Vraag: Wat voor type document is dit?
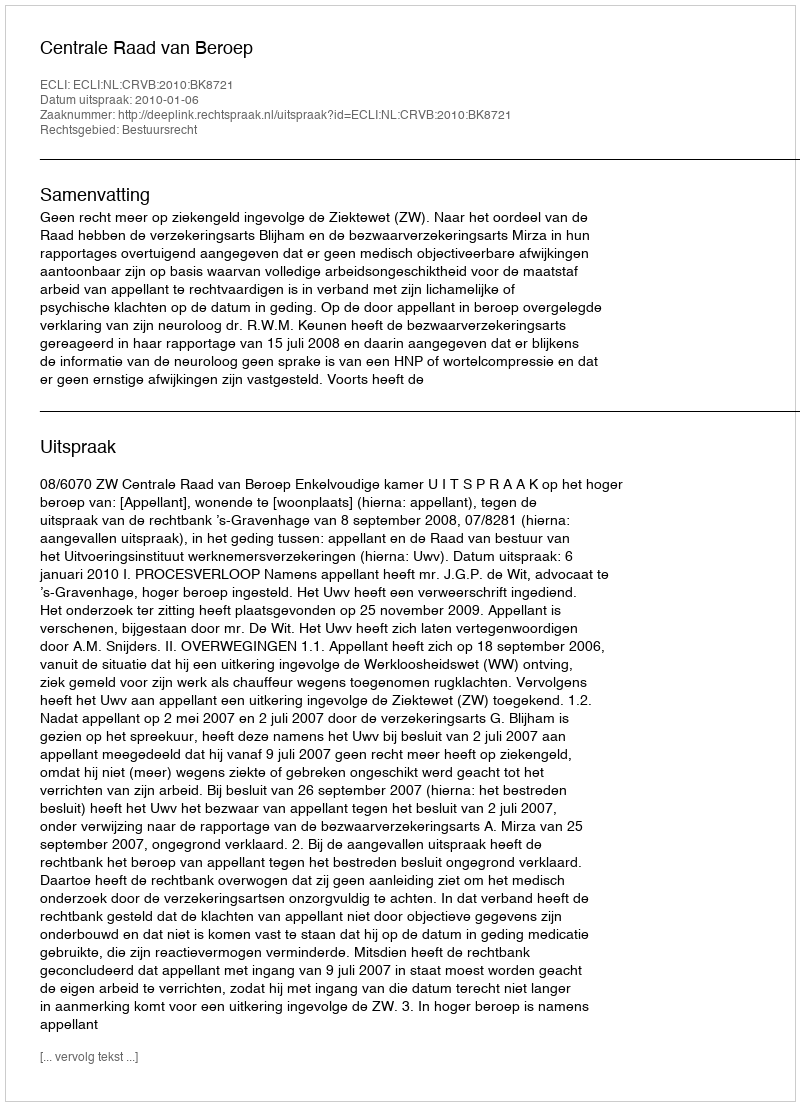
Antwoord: Uitspraak